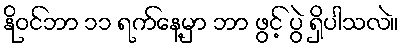
နိုဝင်ဘာ ၁၁ ရက်နေ့မှာ ဘာ ဖွင့် ပွဲ ရှိပါသလဲ။